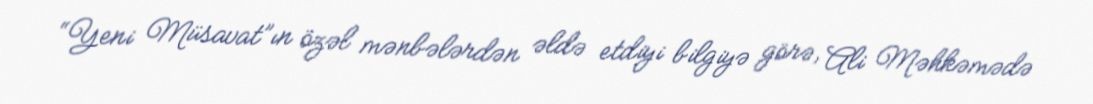
“Yeni Müsavat”ın özəl mənbələrdən əldə etdiyi bilgiyə görə, Ali Məhkəmədə